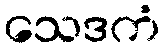
သေဒကံ